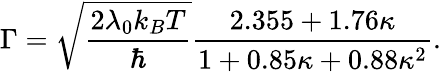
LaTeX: \Gamma=\sqrt{\frac{2\lambda_{0}k_{B}T}{\hbar}}\frac{2.355+1.76\kappa}{1+0.85\kappa+0.88\kappa^{2}}.